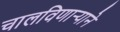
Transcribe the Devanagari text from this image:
चालविणाऱ्याने